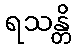
ရသန္တိ